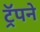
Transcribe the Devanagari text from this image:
ट्रॅपने